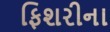
ફિશરીના